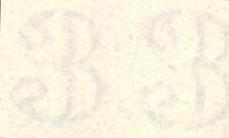
33